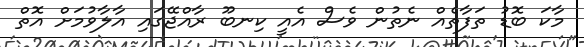
މާކަ ބޮޑު ތަފާތެއް ނެތުން ވެސް އެއީ ކިނބޫ ރާއްޖޭގައި އާލާވުމަށް އޮތް